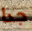
جدا